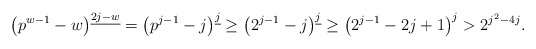
\begin{align*}\left(p^{w-1}- w \right)^{\underline{2j-w}} = \left(p^{j-1}- j \right)^{\underline{j}} \geq \left(2^{j-1}- j \right)^{\underline{j}} \geq \left(2^{j-1}- 2j + 1 \right)^{j} > 2^{j^2-4j}. \end{align*}